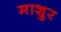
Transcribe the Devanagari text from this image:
माशुर